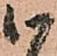
候